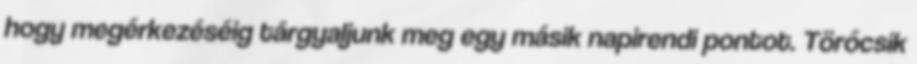
hogy megérkezéséig tárgyaljunk meg egy másik napirendi pontot. Törőcsik